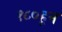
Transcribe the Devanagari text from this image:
१८०हून